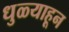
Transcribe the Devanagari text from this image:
धुळ्याहून